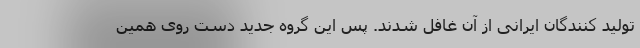
تولید کنندگان ایرانی از آن غافل شدند. پس این گروه جدید دست روی همین